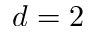
d = 2